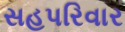
સહપરિવાર